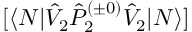
[ \langle N | \hat { V } _ { 2 } \hat { P } _ { 2 } ^ { ( \pm 0 ) } \hat { V } _ { 2 } | N \rangle ]